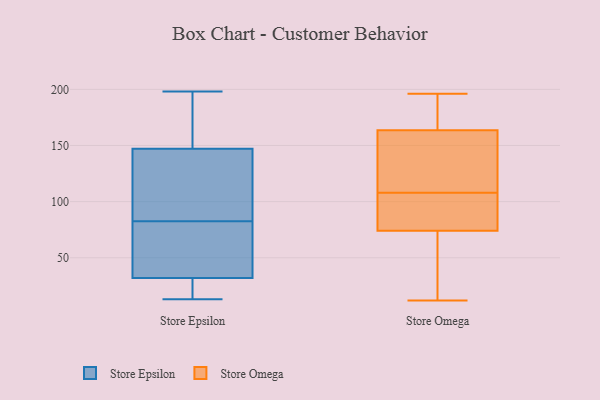
{"axis": {"x": "Page Views", "y": "Value"}, "legend": ["Store Epsilon", "Store Omega"], "data": [{"x": "", "y": 177, "type": "Store Epsilon"}, {"x": "", "y": 45, "type": "Store Epsilon"}, {"x": "", "y": 29, "type": "Store Epsilon"}, {"x": "", "y": 198, "type": "Store Epsilon"}, {"x": "", "y": 147, "type": "Store Epsilon"}, {"x": "", "y": 159, "type": "Store Epsilon"}, {"x": "", "y": 189, "type": "Store Epsilon"}, {"x": "", "y": 73, "type": "Store Epsilon"}, {"x": "", "y": 32, "type": "Store Epsilon"}, {"x": "", "y": 134, "type": "Store Epsilon"}, {"x": "", "y": 14, "type": "Store Epsilon"}, {"x": "", "y": 25, "type": "Store Epsilon"}, {"x": "", "y": 137, "type": "Store Epsilon"}, {"x": "", "y": 84, "type": "Store Epsilon"}, {"x": "", "y": 13, "type": "Store Epsilon"}, {"x": "", "y": 87, "type": "Store Epsilon"}, {"x": "", "y": 81, "type": "Store Epsilon"}, {"x": "", "y": 64, "type": "Store Epsilon"}, {"x": "", "y": 12, "type": "Store Omega"}, {"x": "", "y": 73, "type": "Store Omega"}, {"x": "", "y": 90, "type": "Store Omega"}, {"x": "", "y": 16, "type": "Store Omega"}, {"x": "", "y": 114, "type": "Store Omega"}, {"x": "", "y": 107, "type": "Store Omega"}, {"x": "", "y": 196, "type": "Store Omega"}, {"x": "", "y": 148, "type": "Store Omega"}, {"x": "", "y": 32, "type": "Store Omega"}, {"x": "", "y": 179, "type": "Store Omega"}, {"x": "", "y": 109, "type": "Store Omega"}, {"x": "", "y": 75, "type": "Store Omega"}, {"x": "", "y": 174, "type": "Store Omega"}, {"x": "", "y": 153, "type": "Store Omega"}, {"x": "", "y": 107, "type": "Store Omega"}, {"x": "", "y": 176, "type": "Store Omega"}]}